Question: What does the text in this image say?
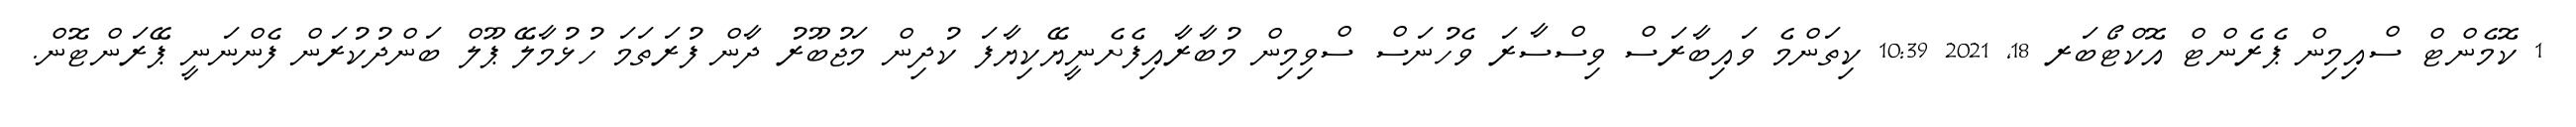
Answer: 1 ކޮމެންޓް ސްއިމިން ޕެރެންޓް އޮކްޓޯބަރ 18, 2021 10:39 ކިތަންމެ ވައިބާރަސް ވިސްސާރަ ވެހުނަސް ސްވިމިން މުބާރާއިފެށެނީޔޭކިޔާފަ ކުދިން މަޖުބޫރު ދާން ފުރަތަމަ ހުޅުމާލޭ ޕޫލް ބަންދުކުރަން ފެންނަނީ ޕޭރަންޓޮން.